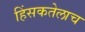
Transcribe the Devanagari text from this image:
हिंसकतेलाच